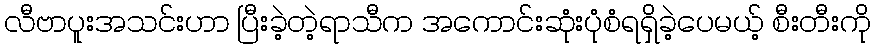
လီဗာပူးအသင်းဟာ ပြီးခဲ့တဲ့ရာသီက အကောင်းဆုံးပုံစံရရှိခဲ့ပေမယ့် စီးတီးကို